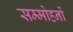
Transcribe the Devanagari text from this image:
सम्मोहनों